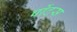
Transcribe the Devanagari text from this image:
पोंटस